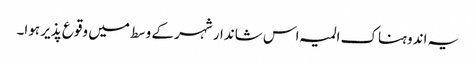
یہ اندوہناک المیہ اس شاندار شہر کے وسط میں وقوع پذیر ہوا۔